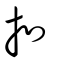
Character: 扣